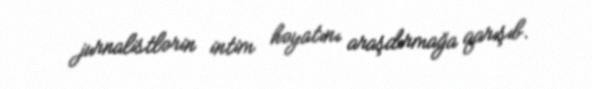
jurnalistlərin intim həyatını araşdırmağa qarışıb.